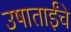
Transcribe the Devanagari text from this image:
उषाताईंचे